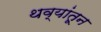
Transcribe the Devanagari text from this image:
थव्यांतून